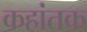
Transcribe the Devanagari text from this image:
कहांतक